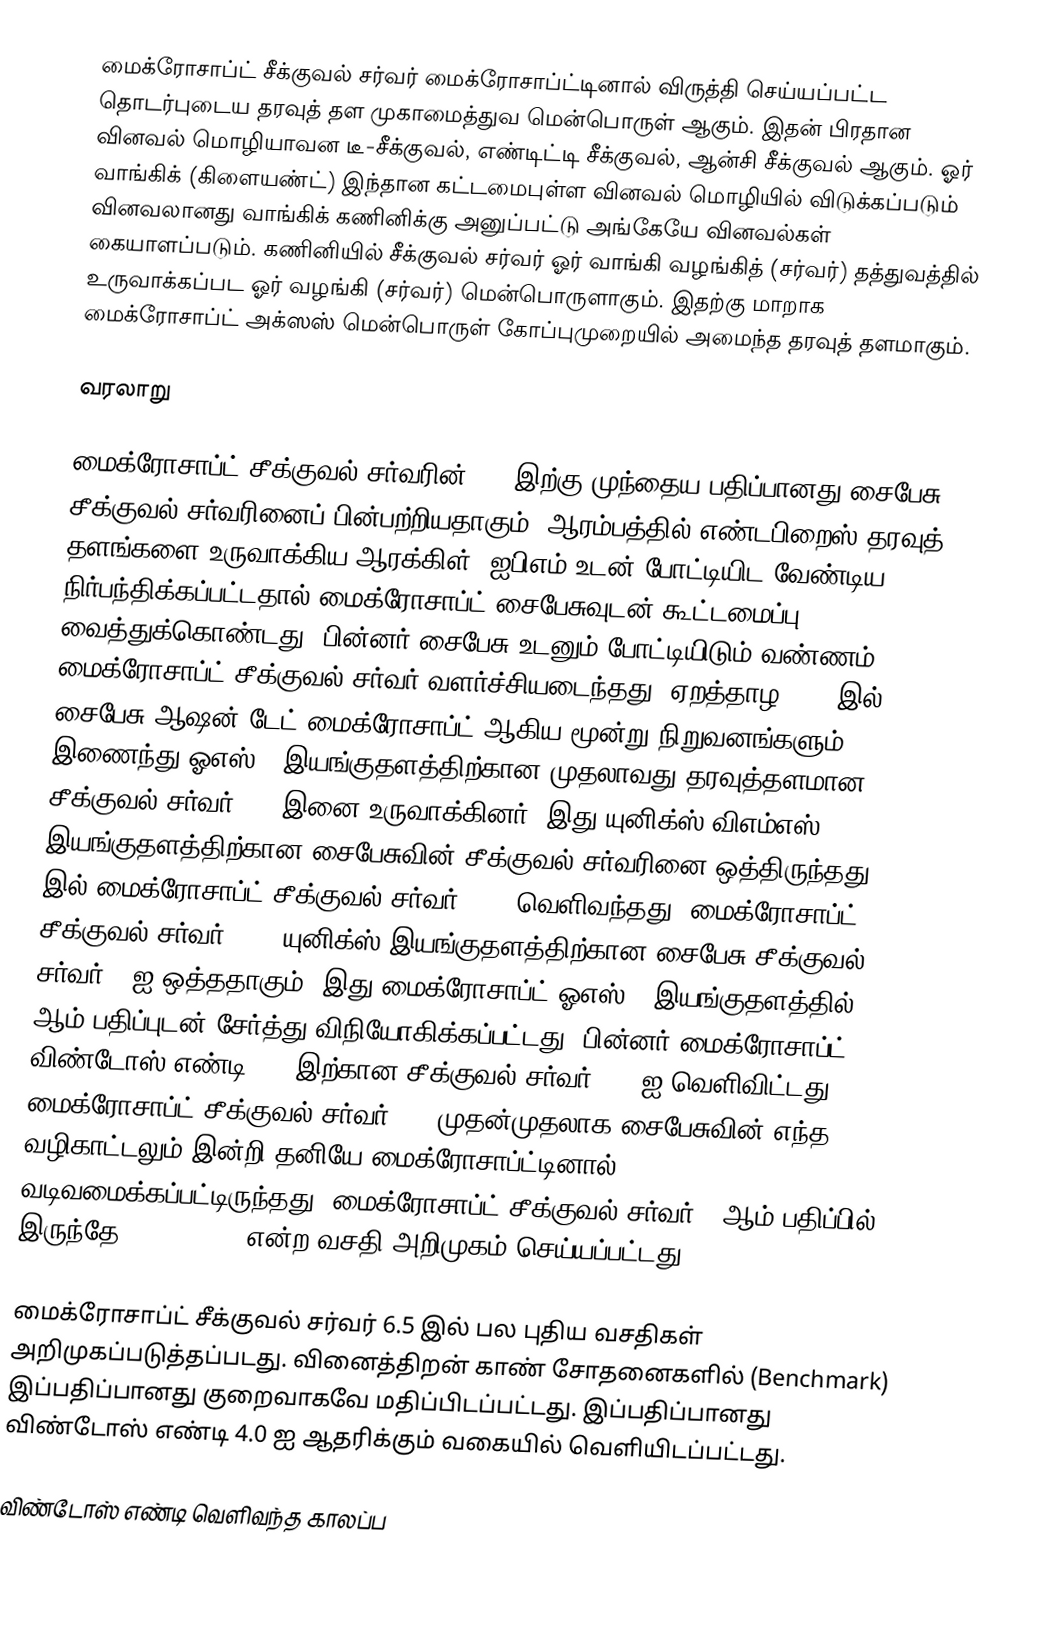
மைக்ரோசாப்ட் சீக்குவல் சர்வர் மைக்ரோசாப்ட்டினால் விருத்தி செய்யப்பட்ட தொடர்புடைய தரவுத் தள முகாமைத்துவ மென்பொருள் ஆகும். இதன் பிரதான வினவல் மொழியாவன டீ-சீக்குவல், எண்டிட்டி சீக்குவல், ஆன்சி சீக்குவல் ஆகும். ஓர் வாங்கிக் (கிளையண்ட்) இந்தான கட்டமைபுள்ள வினவல் மொழியில் விடுக்கப்படும் வினவலானது வாங்கிக் கணினிக்கு அனுப்பட்டு அங்கேயே வினவல்கள் கையாளப்படும். கணினியில் சீக்குவல் சர்வர் ஓர் வாங்கி  வழங்கித் (சர்வர்) தத்துவத்தில் உருவாக்கப்பட ஓர் வழங்கி (சர்வர்) மென்பொருளாகும். இதற்கு மாறாக மைக்ரோசாப்ட் அக்ஸஸ் மென்பொருள் கோப்புமுறையில் அமைந்த தரவுத் தளமாகும்.

வரலாறு

மைக்ரோசாப்ட் சீக்குவல் சர்வரின் 7.0 இற்கு முந்தைய பதிப்பானது சைபேசு சீக்குவல் சர்வரினைப் பின்பற்றியதாகும். ஆரம்பத்தில் எண்டபிறைஸ் தரவுத் தளங்களை உருவாக்கிய ஆரக்கிள், ஐபிஎம் உடன் போட்டியிட வேண்டிய நிர்பந்திக்கப்பட்டதால் மைக்ரோசாப்ட் சைபேசுவுடன் கூட்டமைப்பு வைத்துக்கொண்டது. பின்னர் சைபேசு உடனும் போட்டியிடும் வண்ணம் மைக்ரோசாப்ட் சீக்குவல் சர்வர் வளர்ச்சியடைந்தது. ஏறத்தாழ 1989 இல் சைபேசு ஆஷன்-டேட் மைக்ரோசாப்ட் ஆகிய மூன்று நிறுவனங்களும் இணைந்து ஓஎஸ்/2 இயங்குதளத்திற்கான முதலாவது தரவுத்தளமான சீக்குவல் சர்வர் 1.0 இனை உருவாக்கினர். இது யுனிக்ஸ் விஎம்எஸ் இயங்குதளத்திற்கான சைபேசுவின் சீக்குவல் சர்வரினை ஒத்திருந்தது. 1992 இல் மைக்ரோசாப்ட் சீக்குவல் சர்வர் 4.21 வெளிவந்தது. மைக்ரோசாப்ட் சீக்குவல் சர்வர் 4.21 யுனிக்ஸ் இயங்குதளத்திற்கான சைபேசு சீக்குவல் சர்வர் 4 ஐ ஒத்ததாகும். இது மைக்ரோசாப்ட் ஓஎஸ்/2 இயங்குதளத்தில் 1.3 ஆம் பதிப்புடன் சேர்த்து விநியோகிக்கப்பட்டது. பின்னர் மைக்ரோசாப்ட் விண்டோஸ் எண்டி 3.1 இற்கான சீக்குவல் சர்வர் 4.1 ஐ வெளிவிட்டது. மைக்ரோசாப்ட் சீக்குவல் சர்வர் 6.0 முதன்முதலாக சைபேசுவின் எந்த வழிகாட்டலும் இன்றி தனியே மைக்ரோசாப்ட்டினால் வடிவமைக்கப்பட்டிருந்தது. மைக்ரோசாப்ட் சீக்குவல் சர்வர் 6 ஆம் பதிப்பில் இருந்தே Replication என்ற வசதி அறிமுகம் செய்யப்பட்டது.

மைக்ரோசாப்ட் சீக்குவல் சர்வர் 6.5 இல் பல புதிய வசதிகள் அறிமுகப்படுத்தப்படது. வினைத்திறன் காண் சோதனைகளில் (Benchmark) இப்பதிப்பானது குறைவாகவே மதிப்பிடப்பட்டது. இப்பதிப்பானது விண்டோஸ் எண்டி 4.0 ஐ ஆதரிக்கும் வகையில் வெளியிடப்பட்டது.

விண்டோஸ் எண்டி வெளிவந்த காலப்ப